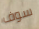
سوف